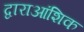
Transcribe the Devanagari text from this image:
द्वाराआंशिक